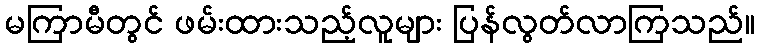
မကြာမီတွင် ဖမ်းထားသည့်လူများ ပြန်လွတ်လာကြသည်။